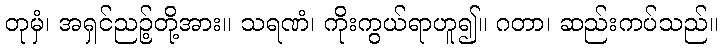
တုမှံ၊ အရှင်ညဉ့်တို့အား။ သရဏံ၊ ကိုးကွယ်ရာဟူ၍။ ဂတာ၊ ဆည်းကပ်သည်။